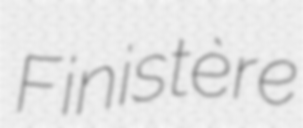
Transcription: Finistère